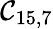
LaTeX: \mathcal{C}_{15,7}